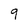
Character: 9